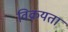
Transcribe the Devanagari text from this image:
विक्रयता